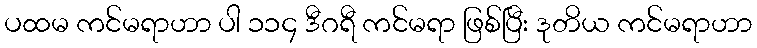
ပထမ ကင်မရာဟာ ပါ ၁၁၄ ဒီဂရီ ကင်မရာ ဖြစ်ပြီး ဒုတိယ ကင်မရာဟာ